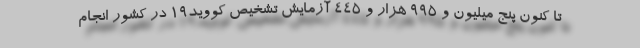
تا کنون پنج میلیون و ۹۹۵ هزار و ۴۴۵ آزمایش تشخیص کووید۱۹ در کشور انجام